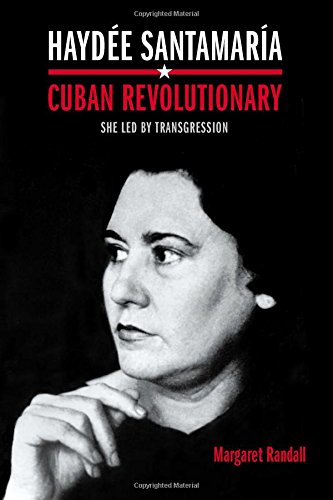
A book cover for HaydÃ©e SantamarÃ­a, Cuban Revolutionary: She Led by Transgression; Margaret Randall; History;